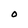
Character: O